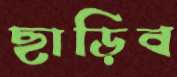
ছাড়িব